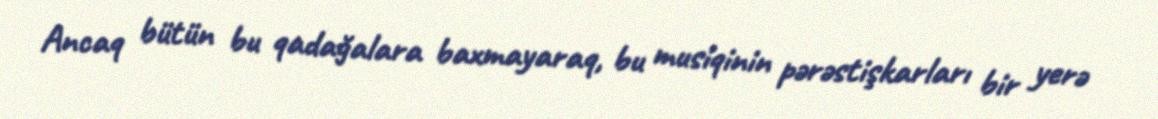
Ancaq bütün bu qadağalara baxmayaraq, bu musiqinin pərəstişkarları bir yerə